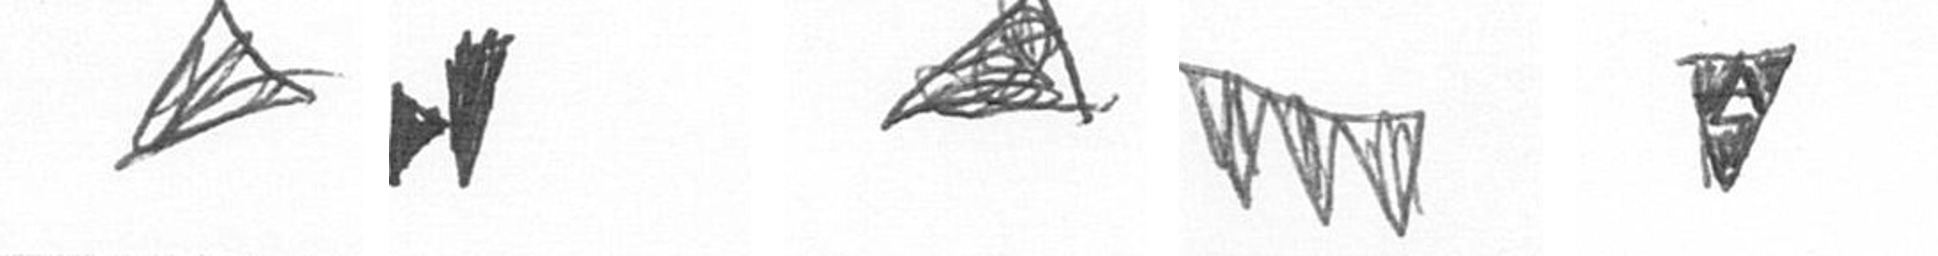
O M O L S